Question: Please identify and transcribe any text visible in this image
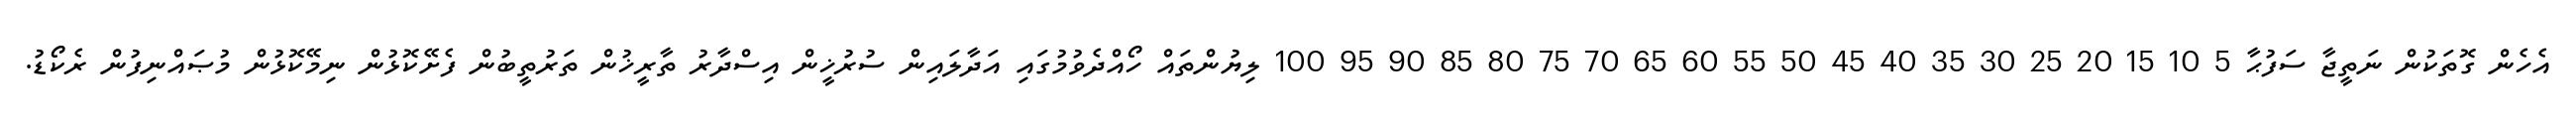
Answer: އެހެން ގޮތަކުން ނަތީޖާ ސަފުޙާ 5 10 15 20 25 30 35 40 45 50 55 60 65 70 75 80 85 90 95 100 ލިޔުންތައް ހޯއްދެވުމުގައި އަދާލައިން ސުރުޚީން އިސްދާރު ތާރީޚުން ތަރުތީބުން ފެށޭކޮޅުން ނިމޭކޮޅުން މުޞައްނިފުން ރެކޯޑު.